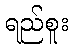
ရည်စူး